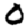
Digit: 0